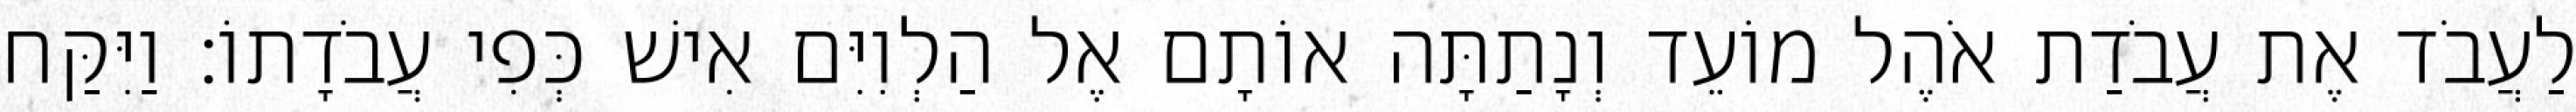
לַעֲבֹד אֶת עֲבֹדַת אֹהֶל מוֹעֵד וְנָתַתָּה אוֹתָם אֶל הַלְוִיִּם אִישׁ כְּפִי עֲבֹדָתוֹ׃ וַיִּקַּח